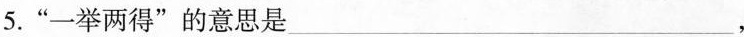
5.”一举两得”的意思是___，